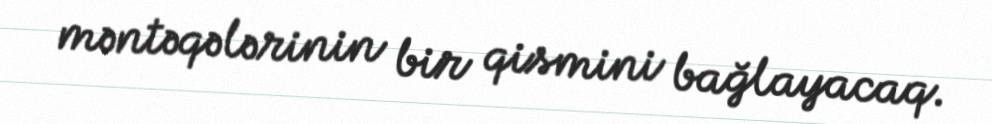
məntəqələrinin bir qismini bağlayacaq.